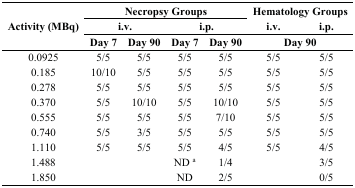
<table><thead><tr><td rowspan="3"><b>Activity (MBq)</b></td><td colspan="4"><b>Necropsy Groups</b></td><td colspan="2"><b>Hematology Groups</b></td></tr><tr><td colspan="2"><b>i.v.</b></td><td colspan="2"><b>i.p.</b></td><td><b>i.v.</b></td><td><b>i.p.</b></td></tr><tr><td><b>Day 7</b></td><td><b>Day 90</b></td><td><b>Day 7</b></td><td><b>Day 90</b></td><td colspan="2"><b>Day 90</b></td></tr></thead><tbody><tr><td>0.0925</td><td>5/5</td><td>5/5</td><td>5/5</td><td>5/5</td><td>5/5</td><td>5/5</td></tr><tr><td>0.185</td><td>10/10</td><td>5/5</td><td>5/5</td><td>5/5</td><td>5/5</td><td>5/5</td></tr><tr><td>0.278</td><td>5/5</td><td>5/5</td><td>5/5</td><td>5/5</td><td>5/5</td><td>5/5</td></tr><tr><td>0.370</td><td>5/5</td><td>10/10</td><td>5/5</td><td>10/10</td><td>5/5</td><td>5/5</td></tr><tr><td>0.555</td><td>5/5</td><td>5/5</td><td>5/5</td><td>7/10 </td><td>5/5</td><td>5/5</td></tr><tr><td>0.740</td><td>5/5</td><td>3/5 </td><td>5/5</td><td>5/5</td><td>5/5</td><td>5/5</td></tr><tr><td>1.110</td><td>5/5</td><td>5/5</td><td>5/5</td><td>4/5 </td><td>5/5</td><td>4/5</td></tr><tr><td>1.488</td><td></td><td></td><td>ND <sup>a</sup></td><td>1/4</td><td></td><td>3/5</td></tr><tr><td>1.850</td><td></td><td></td><td>ND</td><td>2/5 </td><td></td><td>0/5</td></tr></tbody></table>